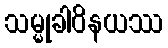
သမ္မုခါဝိနယဿ